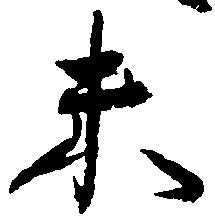
末